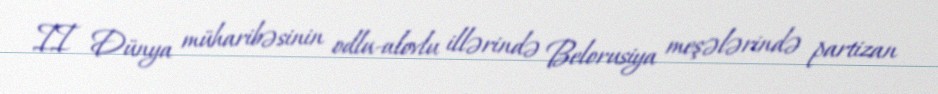
II Dünya müharibəsinin odlu-alovlu illərində Belorusiya meşələrində partizan